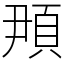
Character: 䪳